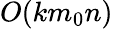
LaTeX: O(km_{0}n)